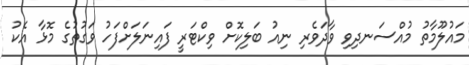
މައުލޫމާތު މުއްސަނދިވި ވާދަވެރި ނިއު ބަލިކޮށް ވިކްޓަރީ ފައިނަލަށްފަހު ވަގުތުގެ މޮޅާ އެކު